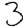
Digit: 3